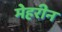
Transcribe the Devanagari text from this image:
मेहरीन